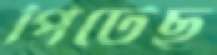
পিটেছ